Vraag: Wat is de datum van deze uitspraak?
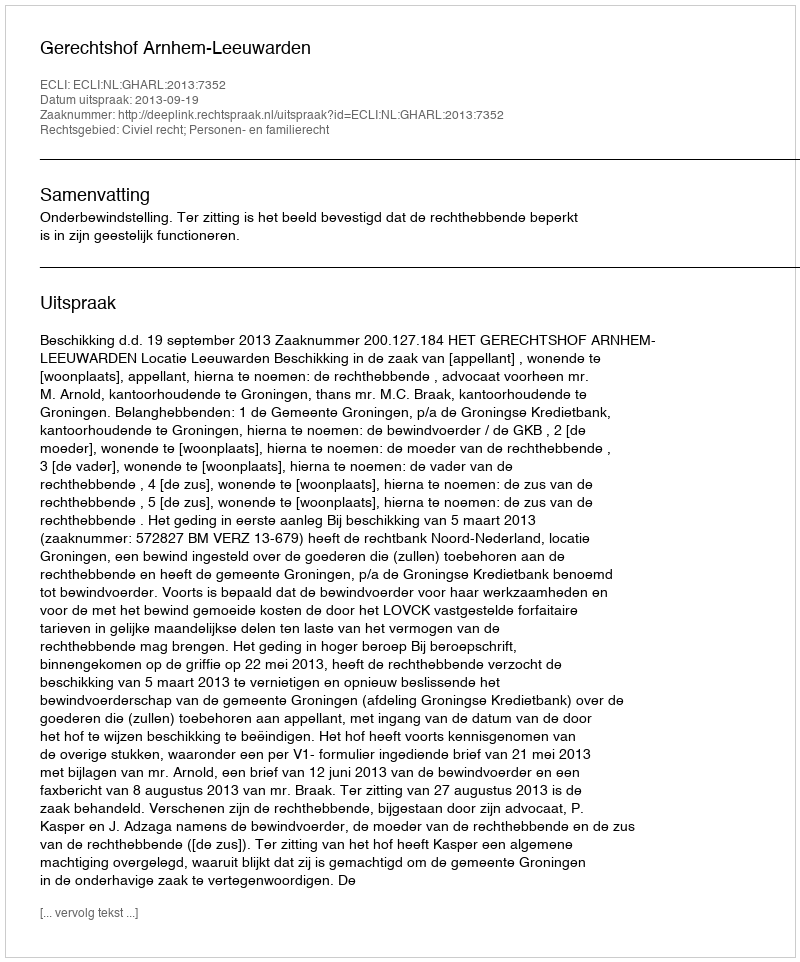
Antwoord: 2013-09-19